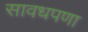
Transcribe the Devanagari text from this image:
सावधपणा